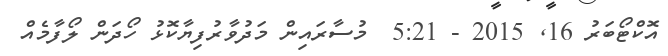
އޮކްޓޯބަރު 16